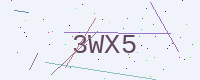
Text: 3WX5